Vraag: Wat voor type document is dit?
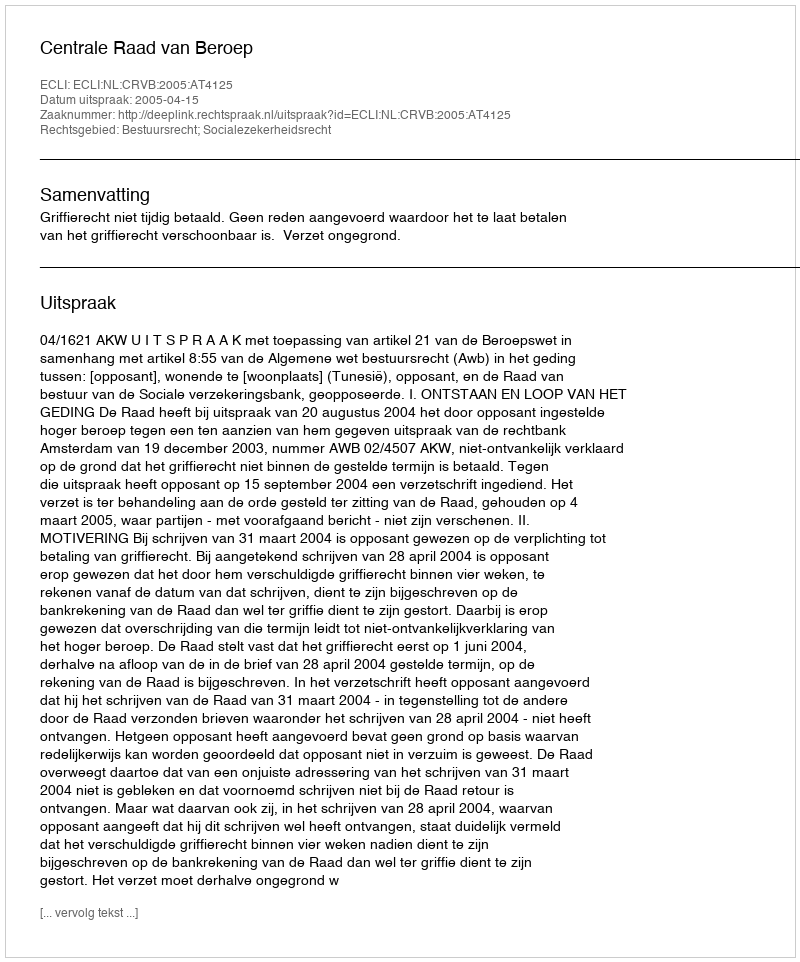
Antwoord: Uitspraak